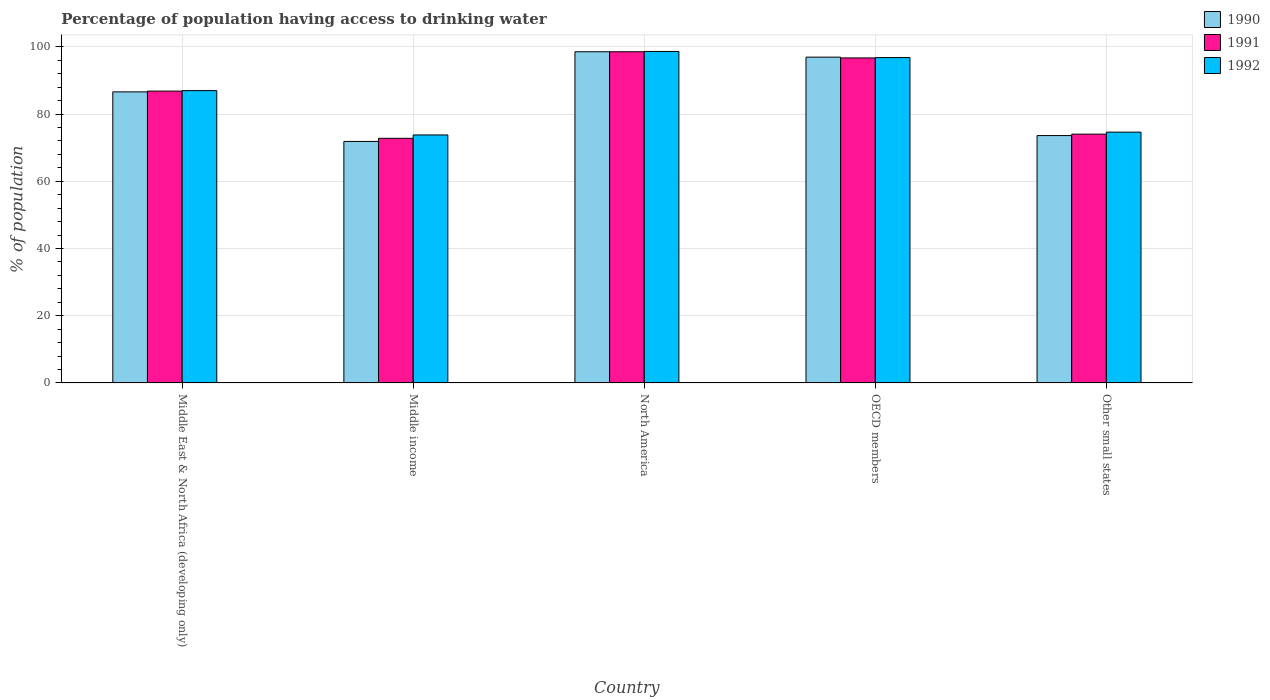
| Country | 1990 | 1991 | 1992 |
 | --- | --- | --- | --- |
 | Middle East & North Africa (developing only) | 86.6 | 86.8 | 87 |
 | Middle income | 71.9 | 72.8 | 73.8 |
 | North America | 98.5 | 98.5 | 98.6 |
 | OECD members | 96.9 | 96.7 | 96.8 |
 | Other small states | 73.6 | 74 | 74.6 |